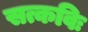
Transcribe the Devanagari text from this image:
सत्कविः